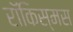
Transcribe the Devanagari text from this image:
रॉकिस्मस